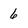
Character: 6